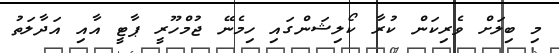
މި ބިލަށް ވެރިކަން ކުރާ ކޯލިޝަންގައި ހިމެނޭ ޖުމްހޫރީ ޕާޓީ އާއި އަދާލަތު